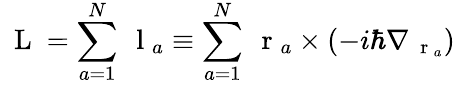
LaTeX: \mathrm{~\mathbf~L~}=\sum_{a=1}^{N}\mathrm{~\mathbf~l~}_{a}\equiv\sum_{a=1}^{N}\mathrm{~\mathbf~r~}_{a}\times(-i\hbar\nabla_{\mathrm{~\mathbf~r~}_{a}})